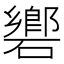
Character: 𥖡